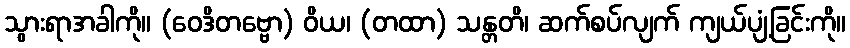
သွားရာအခါကို။ (ဝေဒိတဗ္ဗော) ဝိယ၊ (တထာ) သန္တတိ၊ ဆက်စပ်လျက် ကျယ်ပျံ့ခြင်းကို။